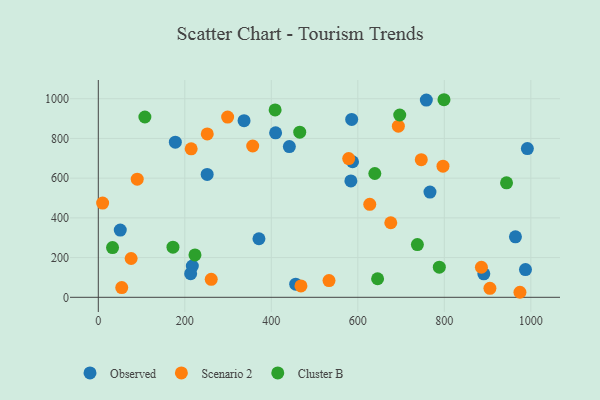
{"axis": {"x": "Experience", "y": "Demand"}, "legend": ["Cluster B", "Observed", "Scenario 2"], "data": [{"x": "409.9", "y": 828.2, "type": "Observed"}, {"x": "992.0", "y": 749.1, "type": "Observed"}, {"x": "337.0", "y": 889.4, "type": "Observed"}, {"x": "178.1", "y": 781.3, "type": "Observed"}, {"x": "217.4", "y": 157.2, "type": "Observed"}, {"x": "964.4", "y": 304.5, "type": "Observed"}, {"x": "456.4", "y": 66.1, "type": "Observed"}, {"x": "758.4", "y": 993.0, "type": "Observed"}, {"x": "585.8", "y": 895.8, "type": "Observed"}, {"x": "987.6", "y": 139.4, "type": "Observed"}, {"x": "766.8", "y": 530.0, "type": "Observed"}, {"x": "371.4", "y": 294.9, "type": "Observed"}, {"x": "50.8", "y": 338.4, "type": "Observed"}, {"x": "441.7", "y": 759.0, "type": "Observed"}, {"x": "213.5", "y": 119.2, "type": "Observed"}, {"x": "587.8", "y": 682.6, "type": "Observed"}, {"x": "251.7", "y": 618.8, "type": "Observed"}, {"x": "583.9", "y": 586.0, "type": "Observed"}, {"x": "891.3", "y": 118.3, "type": "Observed"}, {"x": "796.9", "y": 660.4, "type": "Scenario 2"}, {"x": "261.1", "y": 90.6, "type": "Scenario 2"}, {"x": "693.7", "y": 861.7, "type": "Scenario 2"}, {"x": "10.0", "y": 474.4, "type": "Scenario 2"}, {"x": "357.0", "y": 761.9, "type": "Scenario 2"}, {"x": "974.8", "y": 25.3, "type": "Scenario 2"}, {"x": "251.9", "y": 822.9, "type": "Scenario 2"}, {"x": "885.7", "y": 151.2, "type": "Scenario 2"}, {"x": "54.2", "y": 49.2, "type": "Scenario 2"}, {"x": "468.5", "y": 57.3, "type": "Scenario 2"}, {"x": "676.2", "y": 375.3, "type": "Scenario 2"}, {"x": "533.4", "y": 84.0, "type": "Scenario 2"}, {"x": "90.0", "y": 595.0, "type": "Scenario 2"}, {"x": "578.9", "y": 698.6, "type": "Scenario 2"}, {"x": "75.9", "y": 195.5, "type": "Scenario 2"}, {"x": "214.7", "y": 747.9, "type": "Scenario 2"}, {"x": "627.6", "y": 468.1, "type": "Scenario 2"}, {"x": "905.4", "y": 45.2, "type": "Scenario 2"}, {"x": "299.0", "y": 907.6, "type": "Scenario 2"}, {"x": "746.7", "y": 692.9, "type": "Scenario 2"}, {"x": "223.5", "y": 213.2, "type": "Cluster B"}, {"x": "107.7", "y": 907.9, "type": "Cluster B"}, {"x": "645.7", "y": 93.4, "type": "Cluster B"}, {"x": "737.7", "y": 265.4, "type": "Cluster B"}, {"x": "639.3", "y": 623.5, "type": "Cluster B"}, {"x": "172.6", "y": 252.6, "type": "Cluster B"}, {"x": "788.4", "y": 151.8, "type": "Cluster B"}, {"x": "943.8", "y": 576.5, "type": "Cluster B"}, {"x": "465.7", "y": 831.3, "type": "Cluster B"}, {"x": "32.9", "y": 250.2, "type": "Cluster B"}, {"x": "799.2", "y": 994.9, "type": "Cluster B"}, {"x": "696.9", "y": 918.0, "type": "Cluster B"}, {"x": "408.8", "y": 943.6, "type": "Cluster B"}]}